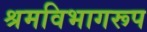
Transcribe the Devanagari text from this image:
श्रमविभागरूप